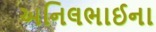
અનિલભાઈના